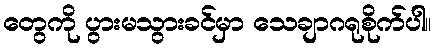
တွေကို ပွားမသွားခင်မှာ သေချာဂရုစိုက်ပါ။